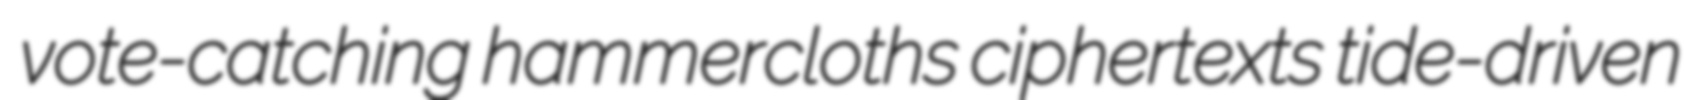
vote-catching hammercloths ciphertexts tide-driven